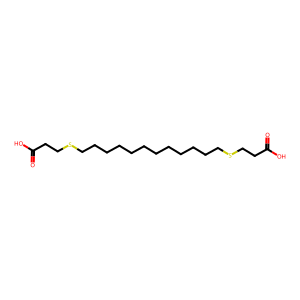
SMILES: O=C(O)CCSCCCCCCCCCCCCSCCC(=O)O
Inhibits HIV replication: No